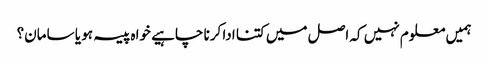
ہمیں معلوم نہیں کہ اصل میں کتنا ادا کرنا چاہیے خواہ پیسہ ہو یا سامان؟